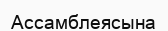
Ассамблеясына